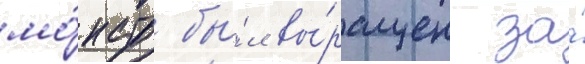
мо́нстр бы́л вы́ращен за́